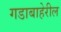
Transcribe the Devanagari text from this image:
गडाबाहेरील